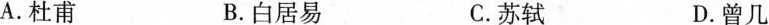
A.杜甫 B.白居易 C.苏轼 D.曾几